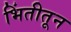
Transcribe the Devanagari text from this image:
भिंतीतून